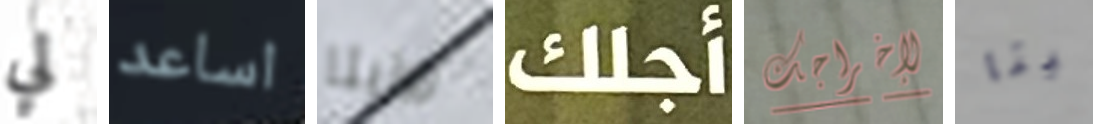
لي اساعد روزيتا أجلك لإخراجك ثيتا